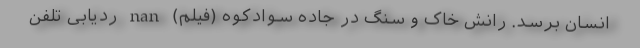
انسان برسد. رانش خاک و سنگ در جاده سوادکوه (فیلم) nan ردیابی تلفن